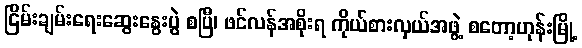
ငြိမ်းချမ်းရေးဆွေးနွေးပွဲ စပြီ၊ ဖင်လန်အစိုးရ ကိုယ်စားလှယ်အဖွဲ့ စတော့ဟုန်းမြို့